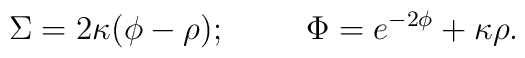
\Sigma = 2 \kappa (\phi - \rho); \hskip1cm\Phi = e^{-2 \phi }  + \kappa \rho.